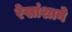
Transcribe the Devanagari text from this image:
रेखांशाने